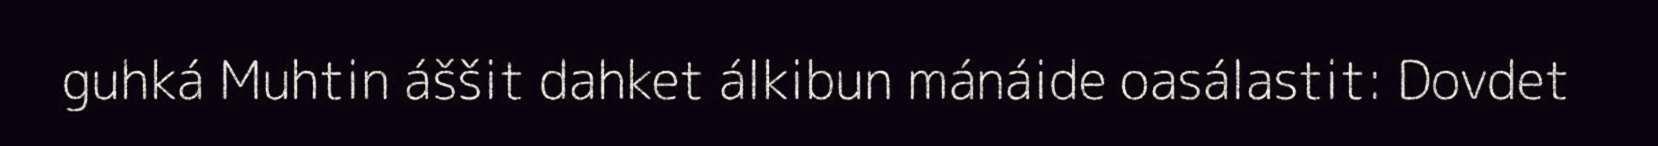
guhká Muhtin áššit dahket álkibun mánáide oasálastit: Dovdet